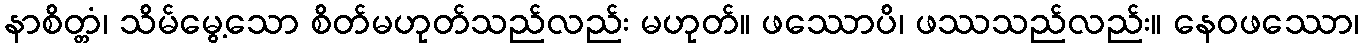
နာစိတ္တံ၊ သိမ်မွေ့သော စိတ်မဟုတ်သည်လည်း မဟုတ်။ ဖဿောပိ၊ ဖဿသည်လည်း။ နေဝဖဿော၊